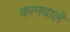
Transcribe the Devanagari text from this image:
कानवाले